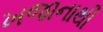
ખજાનાથી